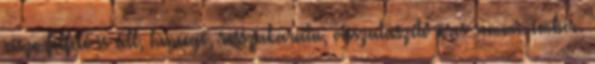
része felfelé is áll, hencegő, rosszakaratú, visszataszító üres semmi-ember.